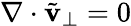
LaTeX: {\mathbf\nabla}\cdot\tilde{{\mathbf v}}_{\perp}=0